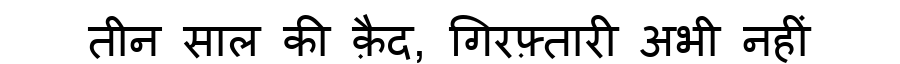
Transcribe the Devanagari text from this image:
तीन साल की क़ैद, गिरफ़्तारी अभी नहीं